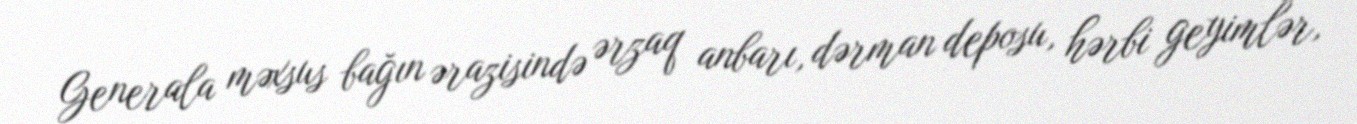
Generala məxsus bağın ərazisində ərzaq anbarı, dərman deposu, hərbi geyimlər,